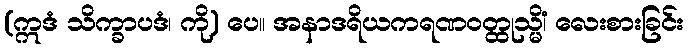
(ဣဒံ သိက္ခာပဒံ၊ ကို) ပေ။ အနာဒရိယကရဏဝတ္ထုသ္မိံ၊ လေးစားခြင်း